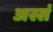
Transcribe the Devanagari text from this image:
अस्सं